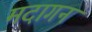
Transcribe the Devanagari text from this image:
मदागन